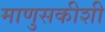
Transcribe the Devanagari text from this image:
माणुसकीशी